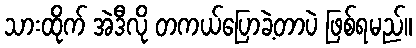
သားထိုက် အဲဒီလို တကယ်ပြောခဲ့တာပဲ ဖြစ်ရမည်။